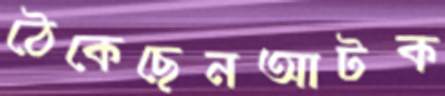
ঠেকেছেনআটক